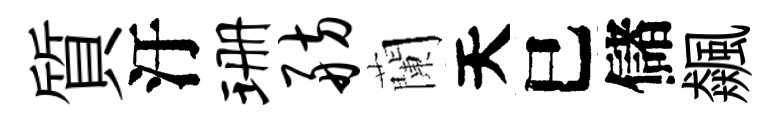
質汙珊舫蘭天巳儲飆